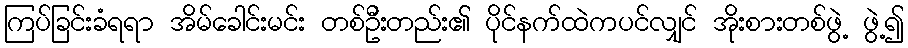
ကြပ်ခြင်းခံရရာ အိမ်ခေါင်းမင်း တစ်ဦးတည်း၏ ပိုင်နက်ထဲကပင်လျှင် အိုးစားတစ်ဖွဲ့ ဖွဲ့၍